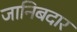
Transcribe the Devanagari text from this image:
जानिबदार